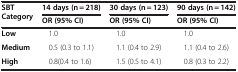
<table><thead><tr><td rowspan="2"><b>SBT Category</b></td><td><b>14 days (n = 218)</b></td><td><b>30 days (n = 123)</b></td><td><b>90 days (n = 142)</b></td></tr><tr><td><b>OR (95% CI)</b></td><td><b>OR (95% CI)</b></td><td><b>OR (95% CI)</b></td></tr></thead><tbody><tr><td><b>Low</b></td><td>1.0</td><td>1.0</td><td>1.0</td></tr><tr><td><b>Medium</b></td><td>0.5 (0.3 to 1.1)</td><td>1.1 (0.4 to 2.9)</td><td>1.1 (0.4 to 2.6)</td></tr><tr><td><b>High</b></td><td>0.8(0.4 to 1.6)</td><td>1.5 (0.5 to 4.1)</td><td>0.8 (0.3 to 2.2)</td></tr></tbody></table>